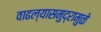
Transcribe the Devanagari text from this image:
वाढल्यासमुद्रामुळे